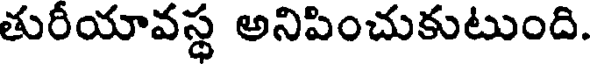
తురీయావస్థ అనిపించుకుటుంది.